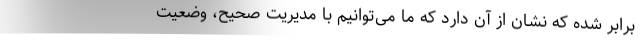
برابر شده که نشان از آن دارد که ما می‌توانیم با مدیریت صحیح، وضعیت